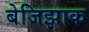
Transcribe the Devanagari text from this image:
बेजिझाक